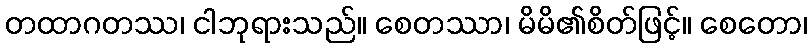
တထာဂတဿ၊ ငါဘုရားသည်။ စေတဿာ၊ မိမိ၏စိတ်ဖြင့်။ စေတော၊